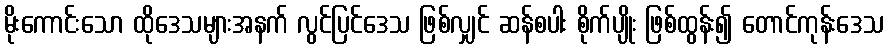
မိုးကောင်းသော ထိုဒေသများအနက် လွင်ပြင်ဒေသ ဖြစ်လျှင် ဆန်စပါး စိုက်ပျိုး ဖြစ်ထွန်း၍ တောင်ကုန်းဒေသ